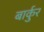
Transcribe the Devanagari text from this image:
बार्कुर